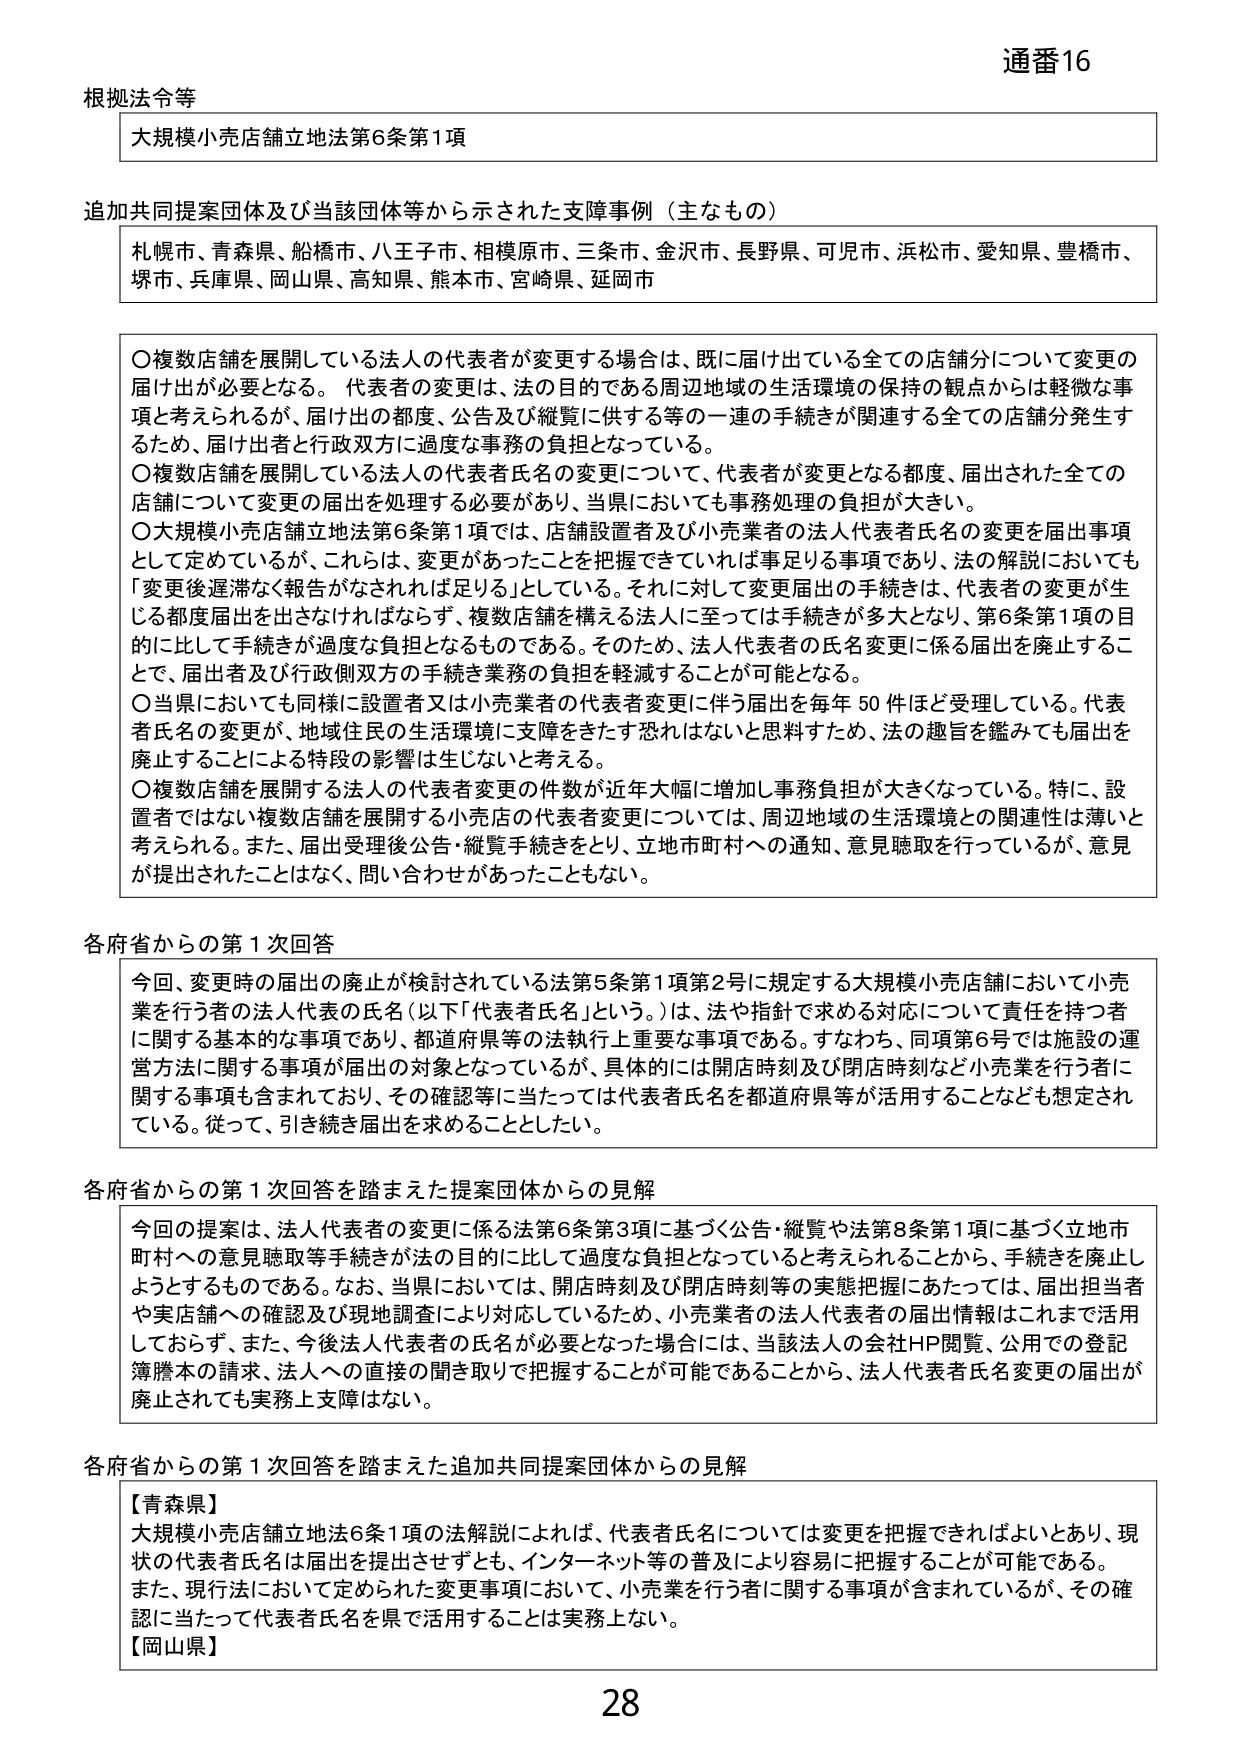
通番16

根拠法令等
大規模小売店舗立地法第6条第1項

追加共同提案団体及び当該団体等から示された支障事例（主なもの）
札幌市、青森県、船橋市、八王子市、相模原市、三条市、金沢市、長野県、可児市、浜松市、愛知県、豊橋市、
堺市、兵庫県、岡山県、高知県、熊本市、宮崎県、延岡市

〇複数店舗を展開している法人の代表者が変更する場合は、既に届け出ている全ての店舗分について変更の
届け出が必要となる。代表者の変更は、法の目的である周辺地域の生活環境の保持の観点からは軽微な事
項と考えられるが、届け出の都度、公告及び縦覧に供する等の一連の手続きが関連する全ての店舗分発生す
るため、届け出者と行政双方に過度な事務の負担となっている。
〇複数店舗を展開している法人の代表者氏名の変更について、代表者が変更となる都度、届出された全ての
店舗について変更の届出を処理する必要があり、当県においても事務処理の負担が大きい。
〇大規模小売店舗立地法第6条第1項では、店舗設置者及び小売業者の法人代表者氏名の変更を届出事項
として定めているが、これらは、変更があったことを把握できていれば事足りる事項であり、法の解説においても
「変更後遅滞なく報告がなされれば足りる」としている。それに対して変更届出の手続きは、代表者の変更が生
じる都度届出を出さなければならない、複数店舗を構える法人に至っては手続きが多大となり、第6条第1項の目
的に比して手続きが過度な負担となるものである。そのため、法人代表者の氏名変更に係る届出を廃止するこ
とで、届出者及び行政側双方の手続き業務の負担を軽減することが可能となる。
〇当県においても同様に設置者又は小売業者の代表者変更に伴う届出を毎年50件ほど受理している。代表
者氏名の変更が、地域住民の生活環境に支障をきたす恐れはないと思料すため、法の趣旨を鑑みても届出を
廃止することによる特段の影響は生じないと考える。
〇複数店舗を展開する法人の代表者変更の件数が近年大幅に増加し事務負担が大きくなっている。特に、設
置者ではない複数店舗を展開する小売店の代表者変更については、周辺地域の生活環境との関連性は薄いと
考えられる。また、届出受理後公告・縦覧手続きをとり、立地市町村への通知、意見聴取を行っているが、意見
が提出されたことはなく、問い合わせがあったこともない。

各府省からの第1次回答
今回、変更時の届出の廃止が検討されている法第5条第1項第2号に規定する大規模小売店舗において小売
業を行う者の法人代表の氏名（以下「代表者氏名」という。）は、法や指針で求める対応について責任を持つ者
に関する基本的な事項であり、都道府県等の法執行上重要な事項である。すなわち、同項第6号では施設の運
営方法に関する事項が届出の対象となっているが、具体的には開店時刻及び閉店時刻など小売業を行う者に
関する事項も含まれており、その確認等に当たっては代表者氏名を都道府県等が活用することなども想定され
ている。従って、引き続き届出を求めることとしたい。

各府省からの第1次回答を踏まえた提案団体からの見解
今回の提案は、法人代表者の変更に係る法第6条第3項に基づく公告・縦覧や法第8条第1項に基づく立地市
町村への意見聴取等手続きが法の目的に比して過度な負担となっていると考えられることから、手続きを廃止し
ようとするものである。なお、当県においては、開店時刻及び閉店時刻等の実態把握にあたっては、届出担当者
や実店舗への確認及び現地調査により対応しているため、小売業者の法人代表者の届出情報はこれまで活用
しておらず、また、今後法人代表者の氏名が必要となった場合には、当該法人の会社HP閲覧、公用地での登記
簿謄本の請求、法人への直接の聞き取りで把握することが可能であることから、法人代表者氏名変更の届出が
廃止されても実務上支障はない。

各府省からの第1次回答を踏まえた追加共同提案団体からの見解
【青森県】
大規模小売店舗立地法6条1項の法解説によれば、代表者氏名については変更を把握できればよいとあり、現
状の代表者氏名は届出を提出させずとも、インターネット等の普及により容易に把握することが可能である。
また、現行法において定められた変更事項において、小売業を行う者に関する事項が含まれているが、その確
認に当たって代表者氏名を県で活用することは実務上ない。
【岡山県】

28